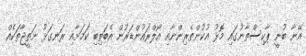
އޭނާ ބުނީ ޕާކިސްތާނުގައި މޮޅު އުކުންތެރިންނާއި އޯލްރައުންޑަރުން އެބަތިބި ކަމަށާއި ރަނގަޅު ނަތީޖާތަކެއް